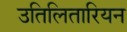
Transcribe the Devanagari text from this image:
उतिलितारियन